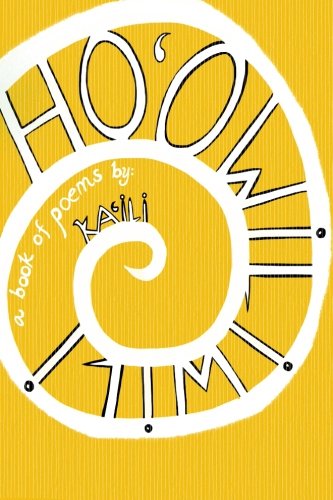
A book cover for Ho'owiliwili; Ka'ili Marie; Literature & Fiction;